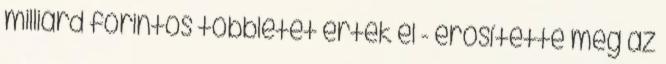
milliárd forintos többletet értek el - erősítette meg az